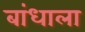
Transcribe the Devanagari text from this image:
बांधाला